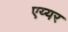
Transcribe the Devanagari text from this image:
एय्यर